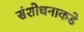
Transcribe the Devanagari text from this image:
संशोधनाकडे